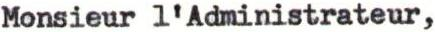
Monsieur l'Administrateur,